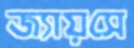
জ্যায়সে